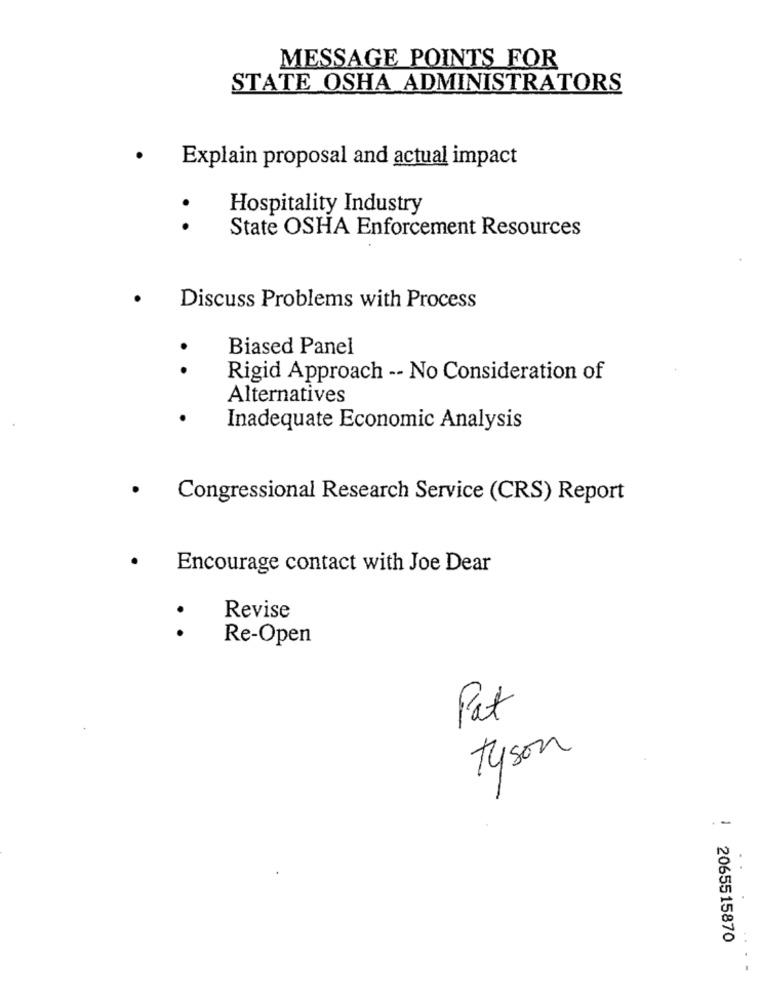
MESSAGE POINTS FOR
STATE OSHA ADMINISTRATORS
.
Explain proposal and actual impact
Hospitality Industry
. .
State OSHA Enforcement Resources
Discuss Problems with Process
Biased Panel
. .
Rigid Approach -- No Consideration of
Alternatives
.
Inadequate Economic Analysis
Congressional Research Service (CRS) Report
Encourage contact with Joe Dear
Revise
. .
Re-Open
Pat
Tyson
1 2065515870